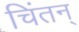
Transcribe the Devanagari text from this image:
चिंतन्